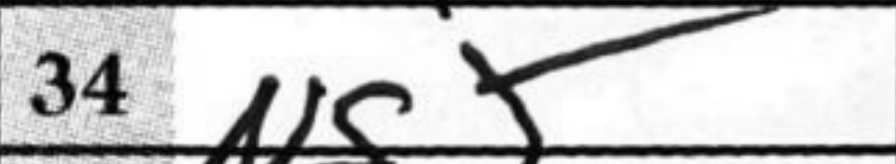
Transcription: Ng5